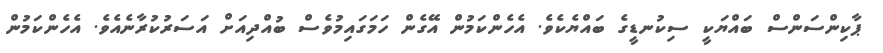
ޕާކިންސަންސް ބައްޔަކީ ސިކުނޑީގެ ބައްޔެކެވެ. އެހެންކަމުން އޭގެން ހަމަގައިމުވެސް ބުއްދިއަށް އަސަރުކުރާނެއެވެ. އެހެންކަމުން